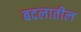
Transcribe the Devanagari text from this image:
बदलातील